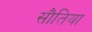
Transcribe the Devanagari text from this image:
सौतिया